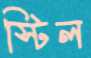
স্টিল